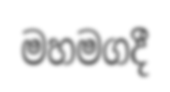
මහමගදී